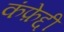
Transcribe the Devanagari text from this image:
कंफ़ेद्दी